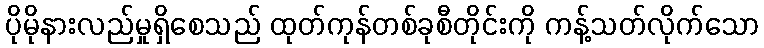
ပိုမိုနားလည်မှုရှိစေသည် ထုတ်ကုန်တစ်ခုစီတိုင်းကို ကန့်သတ်လိုက်သော